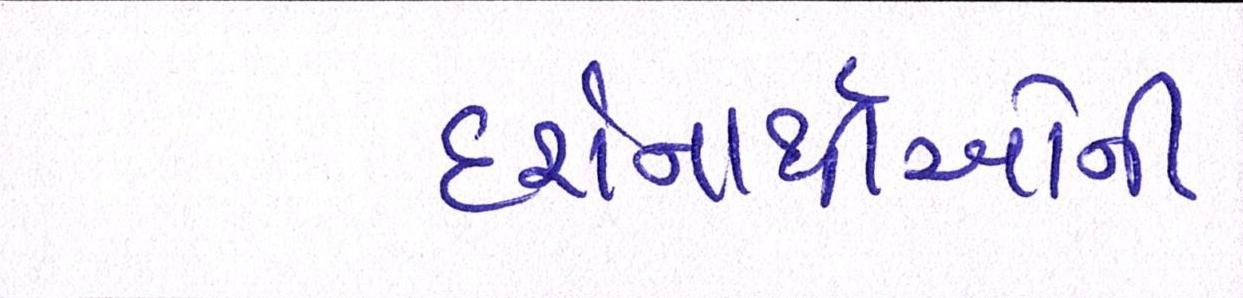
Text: દર્શનાર્થીઓની